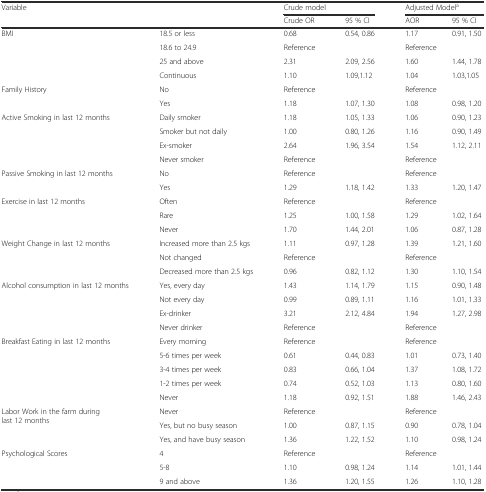
<table><thead><tr><td rowspan="2" colspan="2"><b>Variable</b></td><td colspan="2"><b>Crude model</b></td><td colspan="2"><b>Adjusted Model<sup>a</sup></b></td></tr><tr><td><b>Crude OR</b></td><td><b>95 % CI</b></td><td><b>AOR</b></td><td><b>95 % CI</b></td></tr></thead><tbody><tr><td rowspan="4">BMI</td><td>18.5 or less</td><td>0.68</td><td>0.54, 0.86</td><td>1.17</td><td>0.91, 1.50</td></tr><tr><td>18.6 to 24.9</td><td colspan="2">Reference</td><td colspan="2">Reference</td></tr><tr><td>25 and above</td><td>2.31</td><td>2.09, 2.56</td><td>1.60</td><td>1.44, 1.78</td></tr><tr><td>Continuous</td><td>1.10</td><td>1.09,1.12</td><td>1.04</td><td>1.03,1.05</td></tr><tr><td rowspan="2">Family History</td><td>No</td><td colspan="2">Reference</td><td colspan="2">Reference</td></tr><tr><td>Yes</td><td>1.18</td><td>1.07, 1.30</td><td>1.08</td><td>0.98, 1.20</td></tr><tr><td rowspan="4">Active Smoking in last 12 months</td><td>Daily smoker</td><td>1.18</td><td>1.05, 1.33</td><td>1.06</td><td>0.90, 1.23</td></tr><tr><td>Smoker but not daily</td><td>1.00</td><td>0.80, 1.26</td><td>1.16</td><td>0.90, 1.49</td></tr><tr><td>Ex-smoker</td><td>2.64</td><td>1.96, 3.54</td><td>1.54</td><td>1.12, 2.11</td></tr><tr><td>Never smoker</td><td colspan="2">Reference</td><td colspan="2">Reference</td></tr><tr><td rowspan="2">Passive Smoking in last 12 months</td><td>No</td><td colspan="2">Reference</td><td colspan="2">Reference</td></tr><tr><td>Yes</td><td>1.29</td><td>1.18, 1.42</td><td>1.33</td><td>1.20, 1.47</td></tr><tr><td rowspan="3">Exercise in last 12 months</td><td>Often</td><td colspan="2">Reference</td><td colspan="2">Reference</td></tr><tr><td>Rare</td><td>1.25</td><td>1.00, 1.58</td><td>1.29</td><td>1.02, 1.64</td></tr><tr><td>Never</td><td>1.70</td><td>1.44, 2.01</td><td>1.06</td><td>0.87, 1.28</td></tr><tr><td rowspan="3">Weight Change in last 12 months</td><td>Increased more than 2.5 kgs</td><td>1.11</td><td>0.97, 1.28</td><td>1.39</td><td>1.21, 1.60</td></tr><tr><td>Not changed</td><td colspan="2">Reference</td><td colspan="2">Reference</td></tr><tr><td>Decreased more than 2.5 kgs</td><td>0.96</td><td>0.82, 1.12</td><td>1.30</td><td>1.10, 1.54</td></tr><tr><td rowspan="4">Alcohol consumption in last 12 months</td><td>Yes, every day</td><td>1.43</td><td>1.14, 1.79</td><td>1.15</td><td>0.90, 1.48</td></tr><tr><td>Not every day</td><td>0.99</td><td>0.89, 1.11</td><td>1.16</td><td>1.01, 1.33</td></tr><tr><td>Ex-drinker</td><td>3.21</td><td>2.12, 4.84</td><td>1.94</td><td>1.27, 2.98</td></tr><tr><td>Never drinker</td><td colspan="2">Reference</td><td colspan="2">Reference</td></tr><tr><td rowspan="5">Breakfast Eating in last 12 months</td><td>Every morning</td><td colspan="2">Reference</td><td colspan="2">Reference</td></tr><tr><td>5-6 times per week</td><td>0.61</td><td>0.44, 0.83</td><td>1.01</td><td>0.73, 1.40</td></tr><tr><td>3-4 times per week</td><td>0.83</td><td>0.66, 1.04</td><td>1.37</td><td>1.08, 1.72</td></tr><tr><td>1-2 times per week</td><td>0.74</td><td>0.52, 1.03</td><td>1.13</td><td>0.80, 1.60</td></tr><tr><td>Never</td><td>1.18</td><td>0.92, 1.51</td><td>1.88</td><td>1.46, 2.43</td></tr><tr><td rowspan="3">Labor Work in the farm during last 12 months</td><td>Never</td><td colspan="2">Reference</td><td colspan="2">Reference</td></tr><tr><td>Yes, but no busy season</td><td>1.00</td><td>0.87, 1.15</td><td>0.90</td><td>0.78, 1.04</td></tr><tr><td>Yes, and have busy season</td><td>1.36</td><td>1.22, 1.52</td><td>1.10</td><td>0.98, 1.24</td></tr><tr><td rowspan="3">Psychological Scores</td><td>4</td><td colspan="2">Reference</td><td colspan="2">Reference</td></tr><tr><td>5-8</td><td>1.10</td><td>0.98, 1.24</td><td>1.14</td><td>1.01, 1.44</td></tr><tr><td>9 and above</td><td>1.36</td><td>1.20, 1.55</td><td>1.26</td><td>1.10, 1.28</td></tr></tbody></table>